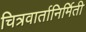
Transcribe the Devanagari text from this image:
चित्रवार्तानिर्मिती